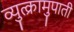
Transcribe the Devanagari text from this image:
व्युत्क्रामुपाती